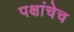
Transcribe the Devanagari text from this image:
पक्षांचेच